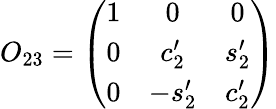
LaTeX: O_{23}=\left(\begin{array}{ccc}{{1}}&{{0}}&{{0}}\\ {{0}}&{{c_{2}^{\prime}}}&{{s_{2}^{\prime}}}\\ {{0}}&{{-s_{2}^{\prime}}}&{{c_{2}^{\prime}}}\end{array}\right)